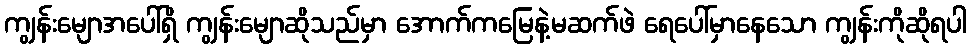
ကျွန်းမျောအပေါ်ရှိ ကျွန်းမျောဆိုသည်မှာ အောက်ကမြေနဲ့မဆက်ဖဲ ရေပေါ်မှာနေသော ကျွန်းကိုဆိုရပါ